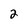
Character: 2